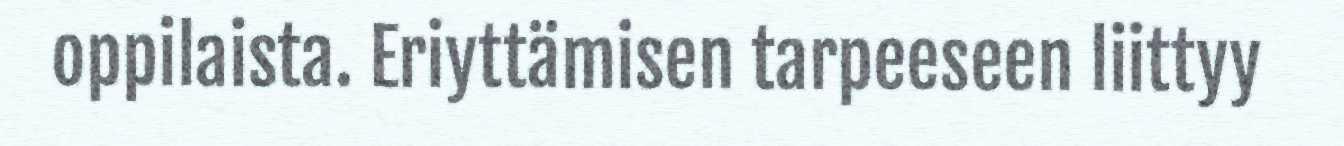
oppilaista. Eriyttämisen tarpeeseen liittyy